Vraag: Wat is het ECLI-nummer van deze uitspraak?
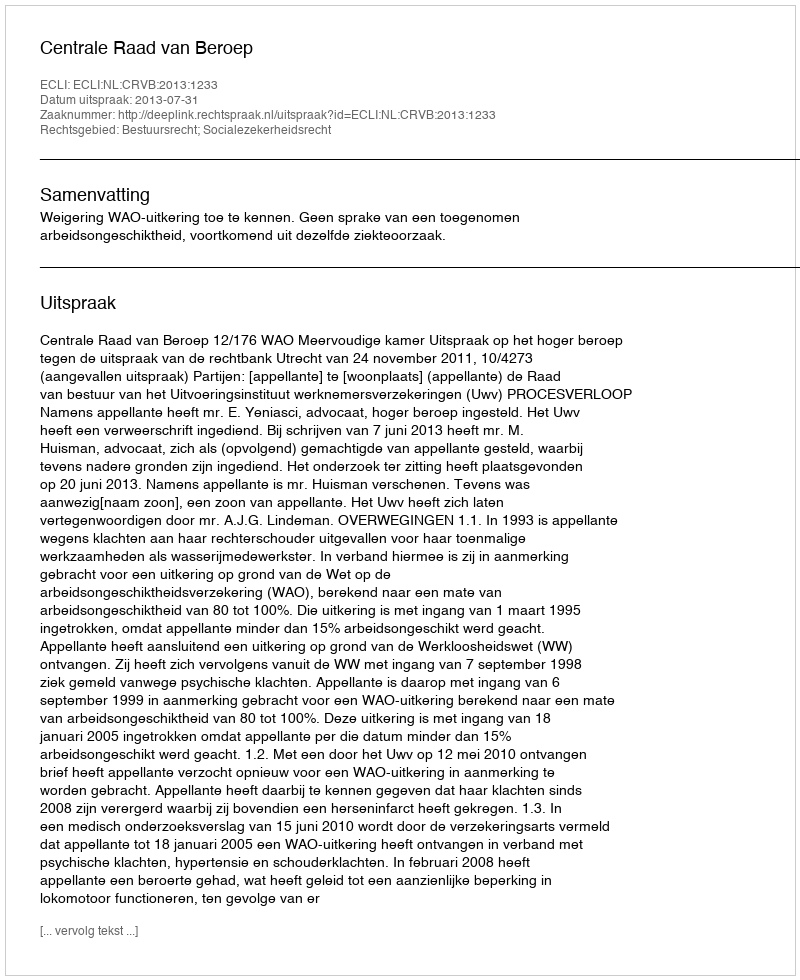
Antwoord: ECLI:NL:CRVB:2013:1233